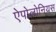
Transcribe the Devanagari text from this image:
ऐपोलोनियस